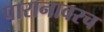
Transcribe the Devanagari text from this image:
पारानावरच